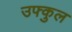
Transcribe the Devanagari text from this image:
उफ्कुल